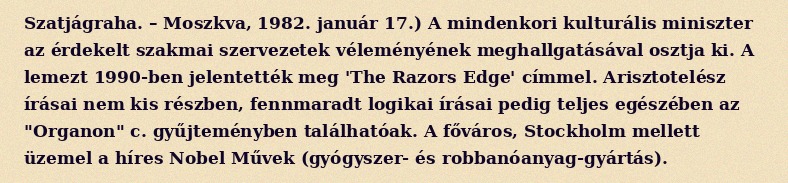
Szatjágraha. – Moszkva, 1982. január 17.) A mindenkori kulturális miniszter az érdekelt szakmai szervezetek véleményének meghallgatásával osztja ki. A lemezt 1990-ben jelentették meg 'The Razors Edge' címmel. Arisztotelész írásai nem kis részben, fennmaradt logikai írásai pedig teljes egészében az "Organon" c. gyűjteményben találhatóak. A főváros, Stockholm mellett üzemel a híres Nobel Művek (gyógyszer- és robbanóanyag-gyártás).